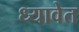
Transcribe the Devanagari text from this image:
ध्यावेत